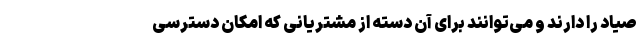
صیاد را دارند و می‌توانند برای آن دسته از مشتریانی که امکان دسترسی